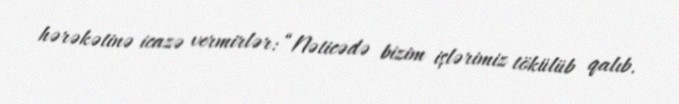
hərəkətinə icazə vermirlər: “Nəticədə bizim işlərimiz tökülüb qalıb.